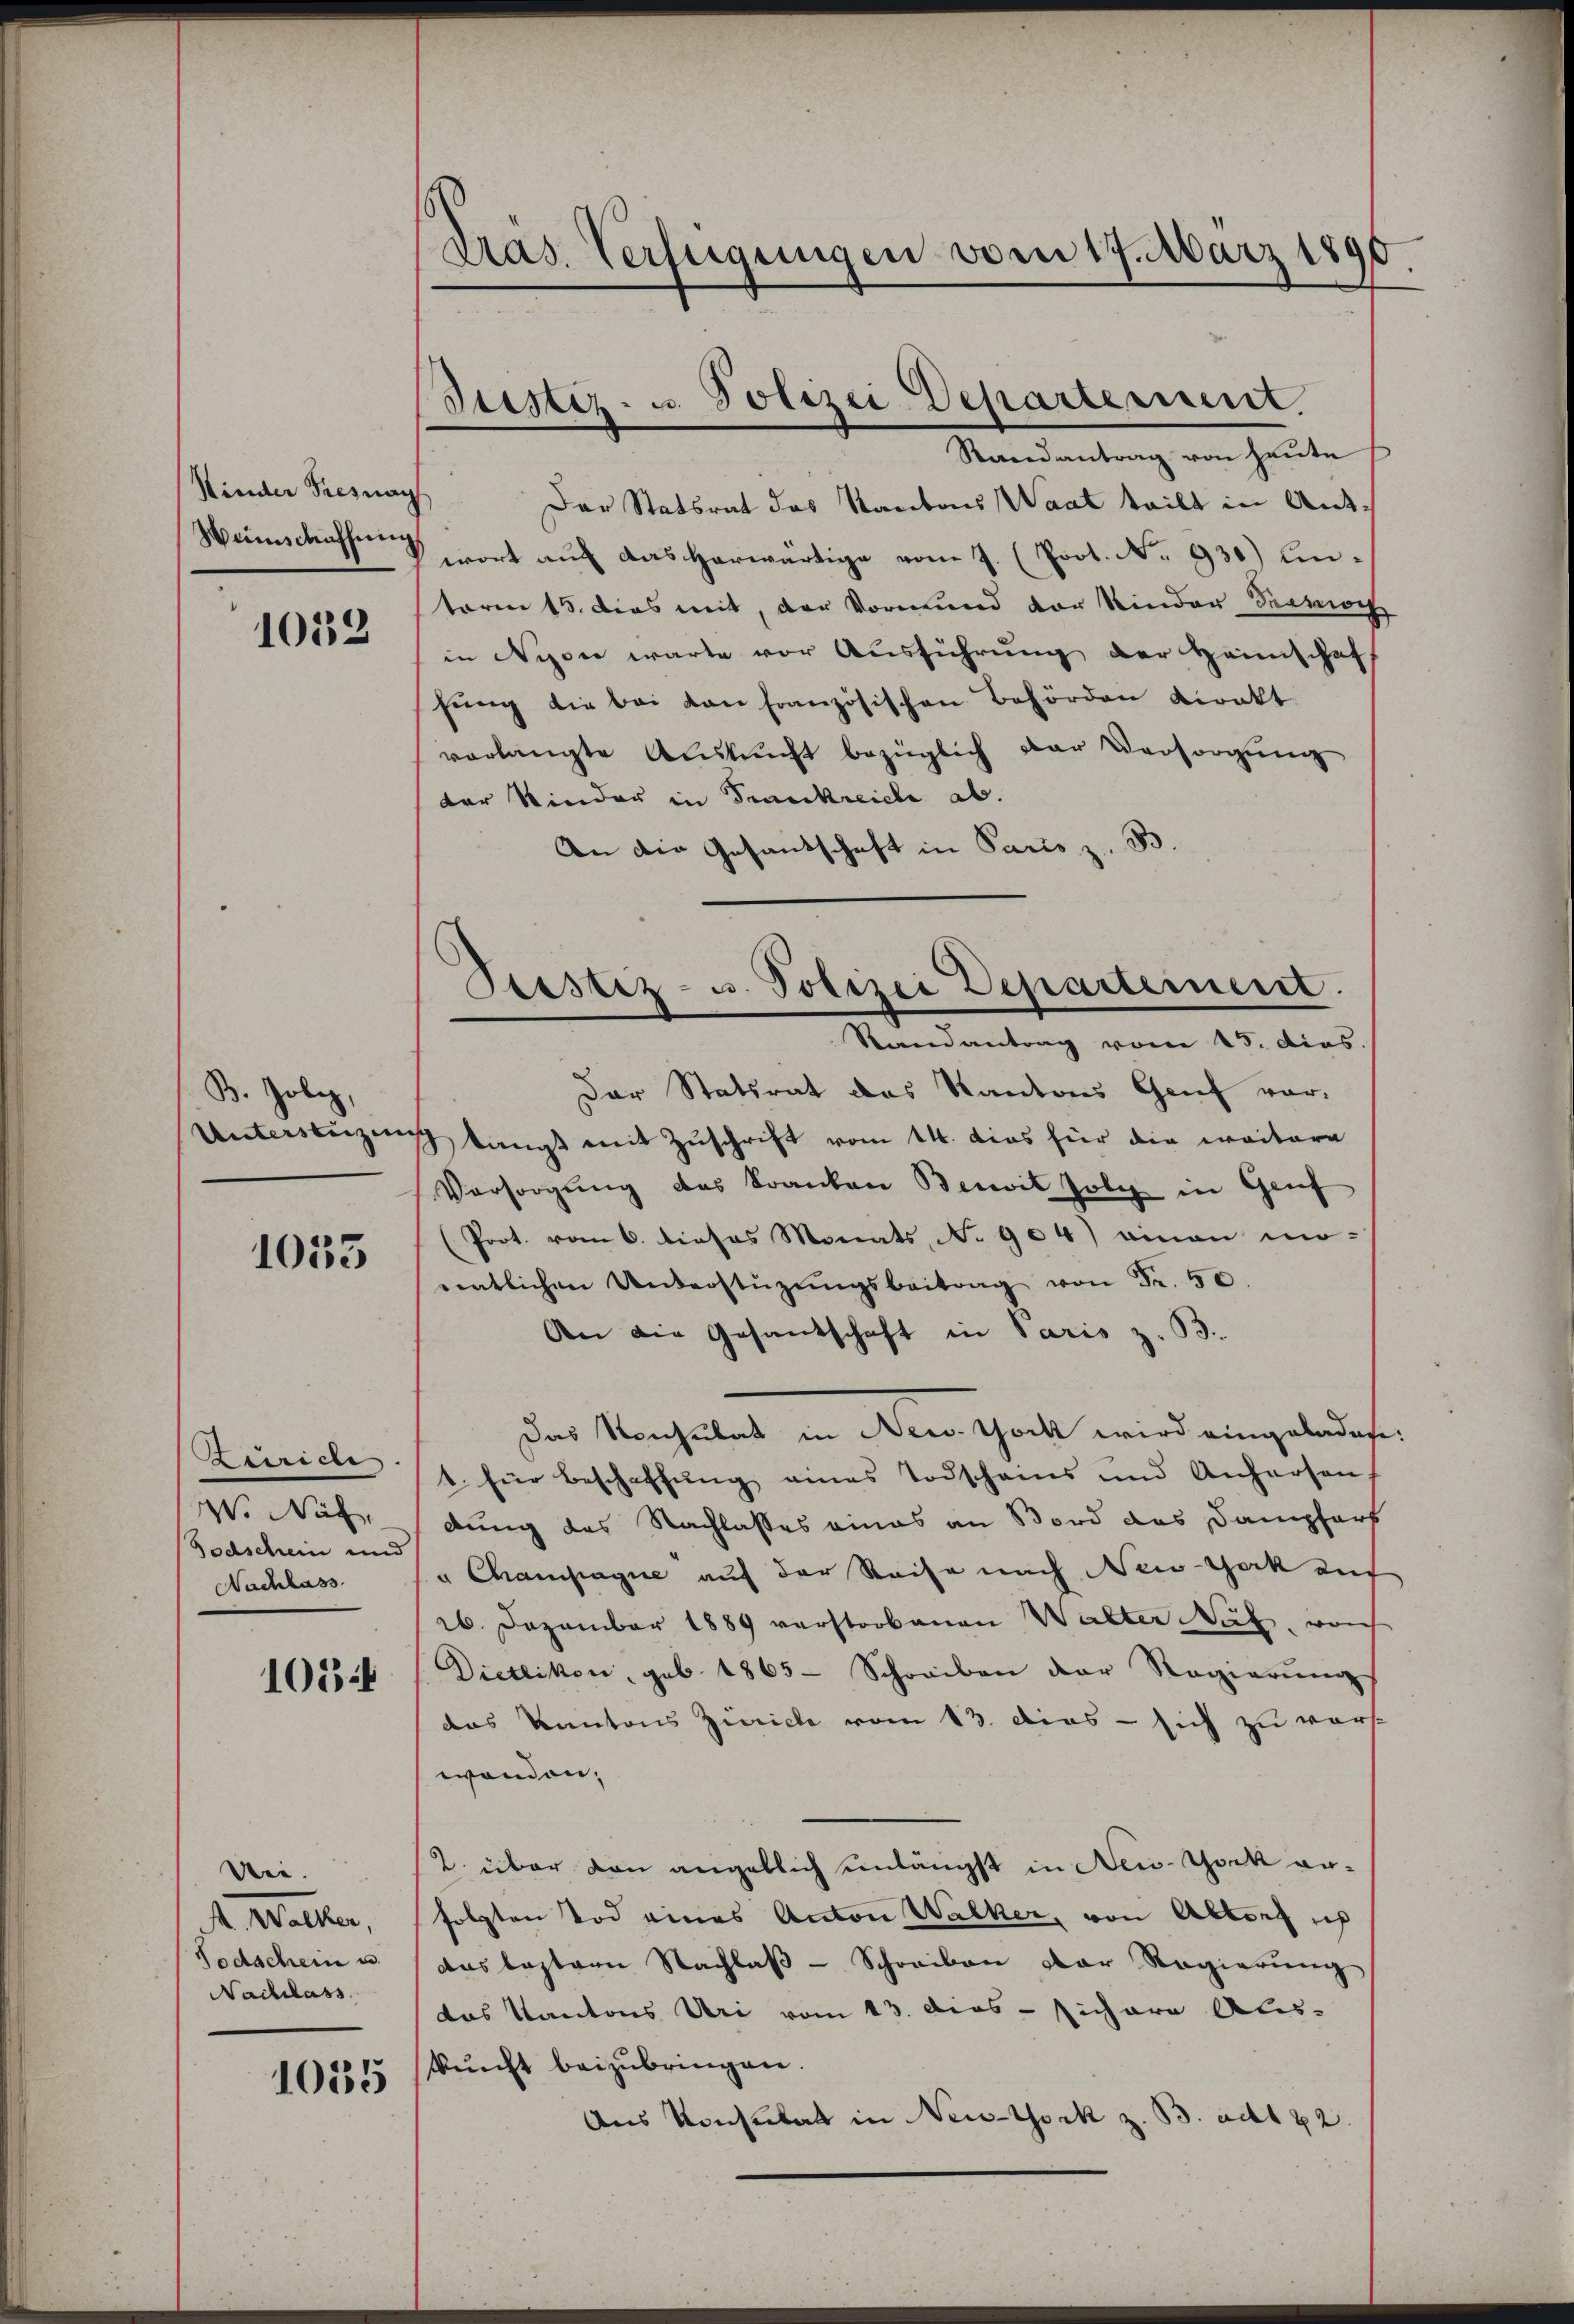
Kinder Tiesnay
Weinschaffung

1032

B. Jobe,
Unterstüzung

1035

Zürich
W. Näh
Todschein und
Nachlass

1054

Die.
A. Walker,
Todschein u.
Nachlass

1015

Pras. Verfügungen vom 17. März 1890

Justiz- u. Polizei Departement.
Raandantrag von heute

Der Statsrat des Kantons Waat teilt in Ant.
wort auf das herwärtige vom 7. (Prot. No. 930) Einterm 15. dies mit, der Vormund vor Kinder Seemach
in Nyon warte vor Ausführung der Heimschaf
fung die bei von französischen Behörden Direkt
vorlangte Aŭskŭnft bezüglich der Versorgŭng
der Kinder in Frankreiche ab.
An die Gesandschaft in Paris z. B.
Der Statsrat des Kantons Genf vor-
slangt mit Zuschrift vom 14. dies für die weitere
Versorgung des Kranken Bereit folg in Genf
(Prot. vom 6. dieses Monats, No 904) einau mo-
eentlichen Unterstüzŭngsbeitrag von Fr. 50.
An die Gesandschaft in Paris z. B.
Das Konsulat in New-York wird eingeladete
1. für Beschaffŭng eines Todschains und Anhersen
dung des Nachlasses eines an Bord das Dampfers
" Champagne auf der Reise nach New-York auf
26. Dezember 1889 verstorbenen Walter Näf, noch
Dietlikon, geb. 1865 Schreiben der Regierŭng
das Kantons Zürich vom 13. dies - sich zu verst
wenden;
2. über den angeblich unlängst in New-York anfolgten Tod eines Anton Walker, von Altorf ich
das bestern Nachlaß - Schreiben der Regierung
das Kantons Uri vom 13. das - sichere Aus-
kunft beizubringen.
Aus Konsulat in New-York z. B. ad 22.

Ptestiz- u. Polizei Departement.
Randantrag vom 15. dies